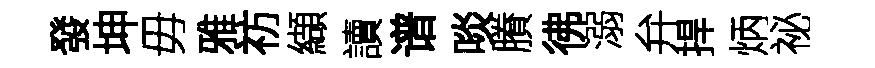
發坤毋雅祊纈讀谱啖賸彿溺弁捍炳祕